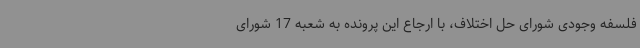
فلسفه وجودی شورای حل اختلاف، با ارجاع این پرونده به شعبه 17 شورای